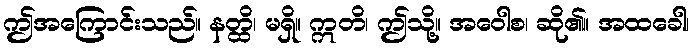
ဤအကြောင်းသည်။ နတ္ထိ၊ မရှိ။ ဣတိ၊ ဤသို့။ အဝေါစ၊ ဆို၏။ အထခေါ၊